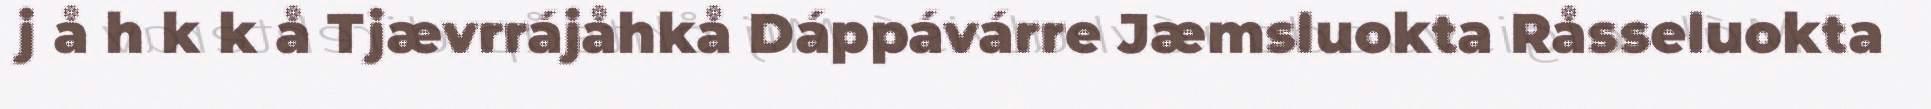
j å h k k å Tjævrrájåhkå Dáppávárre Jæmsluokta Råsseluokta